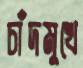
চাঁদমুখে